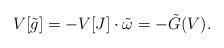
LaTeX: \begin{align*} V[\tilde{g}]=-V[J]\cdot\tilde{\omega} = -\tilde{G}(V).\end{align*}